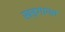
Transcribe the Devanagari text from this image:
खड़गावत